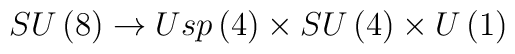
SU\left(8\right) \rightarrow  Usp\left(4\right)\times SU\left(4\right) \times  U\left(1\right)